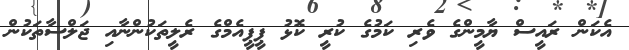
އެކަން ރައީސް ޔާމީންގެ ވެރި ކަމުގެ ކުރީ ކޮޅު ޕީޕީއެމްގެ ރެލީތަކުންނާއި ޖަލްސާތަކުން